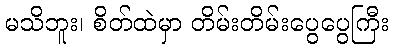
မသိဘူး၊ စိတ်ထဲမှာ တိမ်းတိမ်းပွေပွေကြီး